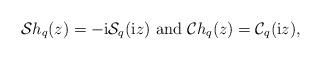
LaTeX: \begin{align*} \mathcal{S}h_{q}(z)=-\mathrm{i}\mathcal{S}_{q}(\mathrm{i}z) \mbox{ and } \mathcal{C}h_{q}(z)=\mathcal{C}_{q}(\mathrm{i}z), \end{align*}